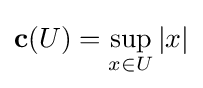
\mathbf {c} (U)=\sup _{x\in U}|x|